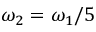
\omega _ { 2 } = \omega _ { 1 } / 5